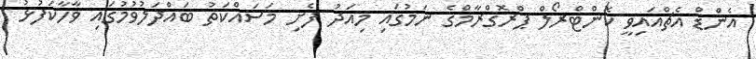
އެންޑް އެޗްއައިވީ ކޮންޓްރޯލް ޕްރޮގްރާމްގެ ނަމުގައި މިއަދު ފެށި މަސައްކަތު ބައްދަލުވުމުގައި ވާހާކަފުޅު